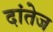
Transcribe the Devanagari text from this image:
दांतेज